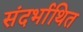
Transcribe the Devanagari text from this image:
संदर्भाथित